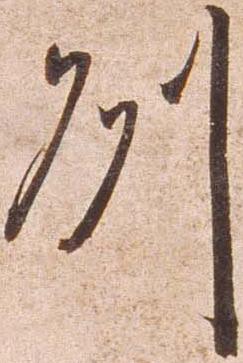
州